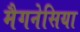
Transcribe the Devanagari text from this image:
मैगनेसिया